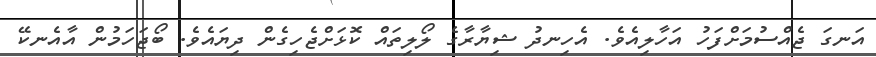
އަނގަ ޖެއްސުމަށްފަހު އަހާލިއެވެ. އެހިނދު ޝިޔާރާގެ ލޯލިތައް ކޮޅަށްޖެހިގެން ދިޔައެވެ. ބޯޖަހަމުން އާއެނކޭ